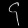
Digit: ၄